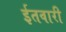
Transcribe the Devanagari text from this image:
ईतवारी